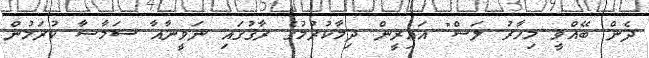
ދެން ބޭއްވީ މިހާރު ލަސް" އައިރީން ދިމާކުރުމުގެ ރާގުގައި ނަވީނާއާ ސަމާސާ ކުރަމުން